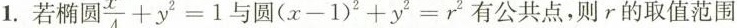
1.若椭圆 \frac{x^{2}}{4}+y^{2}=1 与圆(x-1)^{2}+y{2}=\gamma ^{2}有公共点，则r的取值范围